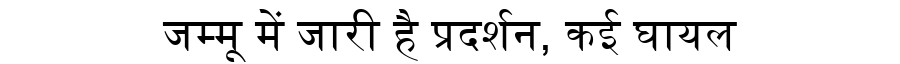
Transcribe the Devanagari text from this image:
जम्मू में जारी है प्रदर्शन, कई घायल